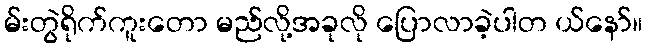
မ်းတွဲရိုက်ကူးတော မည်လို့အခုလို ပြောလာခဲ့ပါတ ယ်နော်။